Scottish Leaving Certificate Examination, 1961
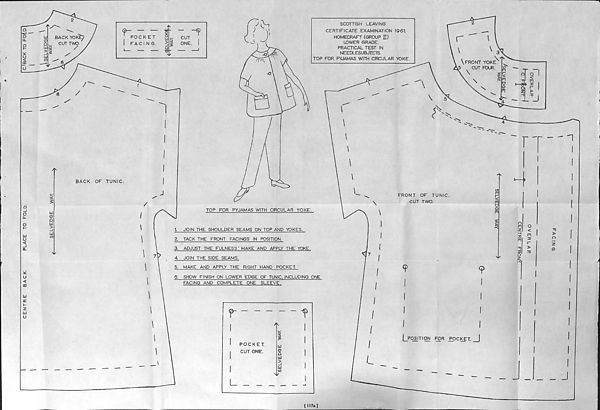
CENTRE
BACK.
PLACE TO FOLD.
,
|
|C.lBACK TO FOtD.
I
tu
0
Q
bJ
>
LJ
CO
BACK OF TUNIC.
J
/
SCOTTISH LEAVING
CERTIFICATE EXAMINATION 1961.
HOMECRAFT (GROUP H)
LOWER GRADE.
PRACTICAL TEST IN
NEEDLESUBJECTS.
TOP FOR PYJAMAS WITH CIRCULAR YOKE
TOP FOR PYJAMAS WITH CIRCULAR YOKE.
1.
JOIN THE SHOULDER SEAMS ON TOP AND YOKES.
2. TACK THE FRONT FACINGS IN POSITION.
3. ADJUST THE FULNESS'. MAKE AND APPLY THE YOKE.
4. JOIN THE SIDE SEAMS.
5. MAKE AND APPLY THE RIGHT HAND POCKET.
6. SHOW FINISH ON LOWER EDGE OF TUNIC, INCLUDING ONE
FACING AND COMPLETE ONE SLEEVE.
r
POCKET.
CUT ONE.
I
bJ
0
Q
Ui
3
U1
if)
'Y
I
[117a]